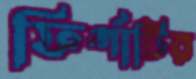
ফির্গাটির